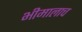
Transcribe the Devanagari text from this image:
भीमालाच